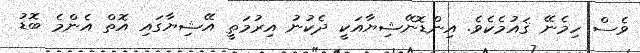
ވެސް ހިމެނޭ ޤައުމެކެވެ. އިންޑޮނޭޝިޔާއަކީ ދެކުނު އިރުމަތީ އޭޝިޔާގައި އޮތް އެންމެ ބޮޑު